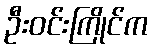
ဦးဝင်းကြိုင်က